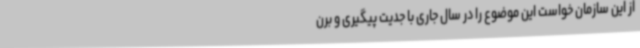
از این سازمان خواست این موضوع را در سال جاری با جدیت پیگیری و برن